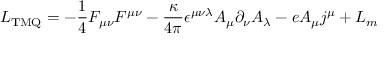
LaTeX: { \cal L } _ { \mathrm { T M Q } } = - \frac { 1 } { 4 } F _ { \mu \nu } F ^ { \mu \nu } - \frac { \kappa } { 4 \pi } \epsilon ^ { \mu \nu \lambda } A _ { \mu } \partial _ { \nu } A _ { \lambda } - e A _ { \mu } j ^ { \mu } + { \cal L } _ { m }